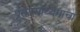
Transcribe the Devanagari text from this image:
प्रसारमाध्यमाचा